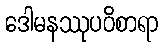
ဒေါမနဿုပဝိစာရာ